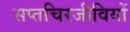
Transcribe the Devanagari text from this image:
सप्तचिरजीवियों